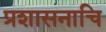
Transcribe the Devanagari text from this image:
प्रशासनाचि